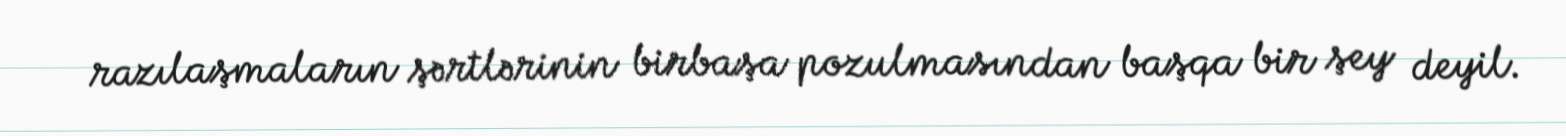
razılaşmaların şərtlərinin birbaşa pozulmasından başqa bir şey deyil.